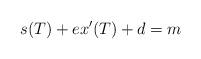
LaTeX: \begin{align*}s(T)+ex'(T)+d=m \end{align*}